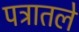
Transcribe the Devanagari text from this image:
पत्रातले